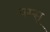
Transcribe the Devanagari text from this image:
पस्सू